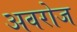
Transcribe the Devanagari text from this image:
अवरोज